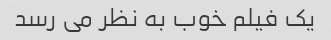
یک فیلم خوب به نظر می رسد